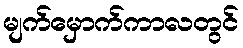
မျက်မှောက်ကာလတွင်